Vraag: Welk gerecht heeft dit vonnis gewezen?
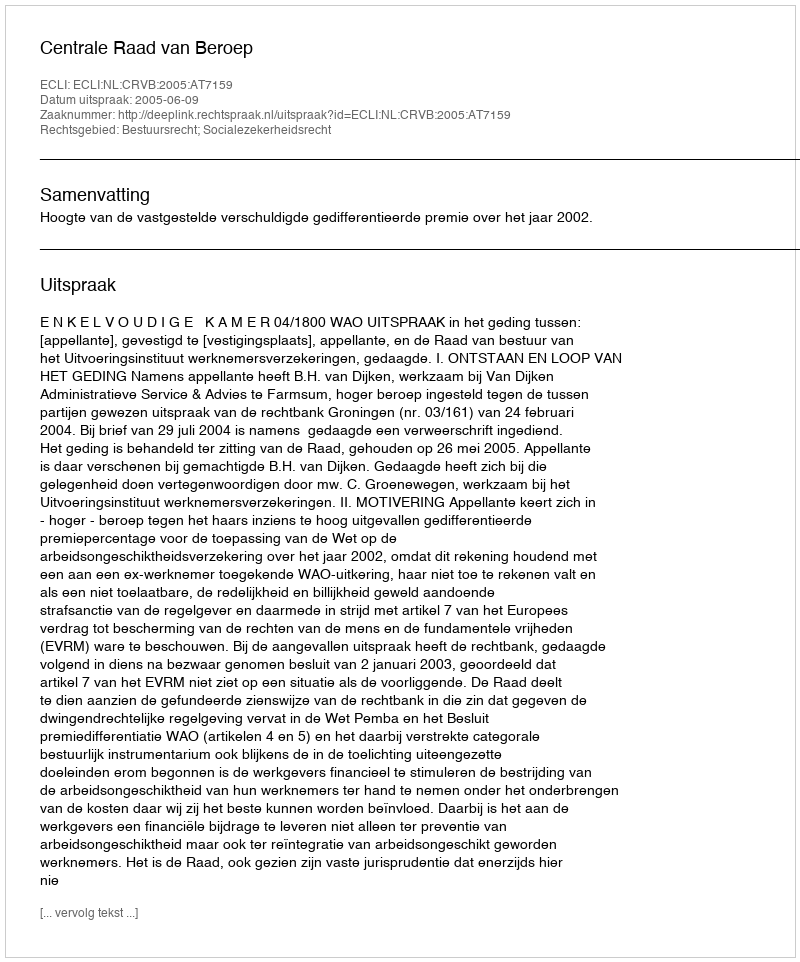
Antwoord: Centrale Raad van Beroep